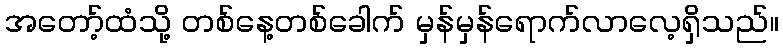
အတော့်ထံသို့ တစ်နေ့တစ်ခေါက် မှန်မှန်ရောက်လာလေ့ရှိသည်။